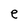
Character: e